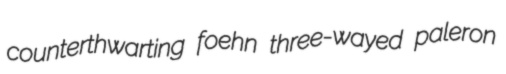
counterthwarting foehn three-wayed paleron